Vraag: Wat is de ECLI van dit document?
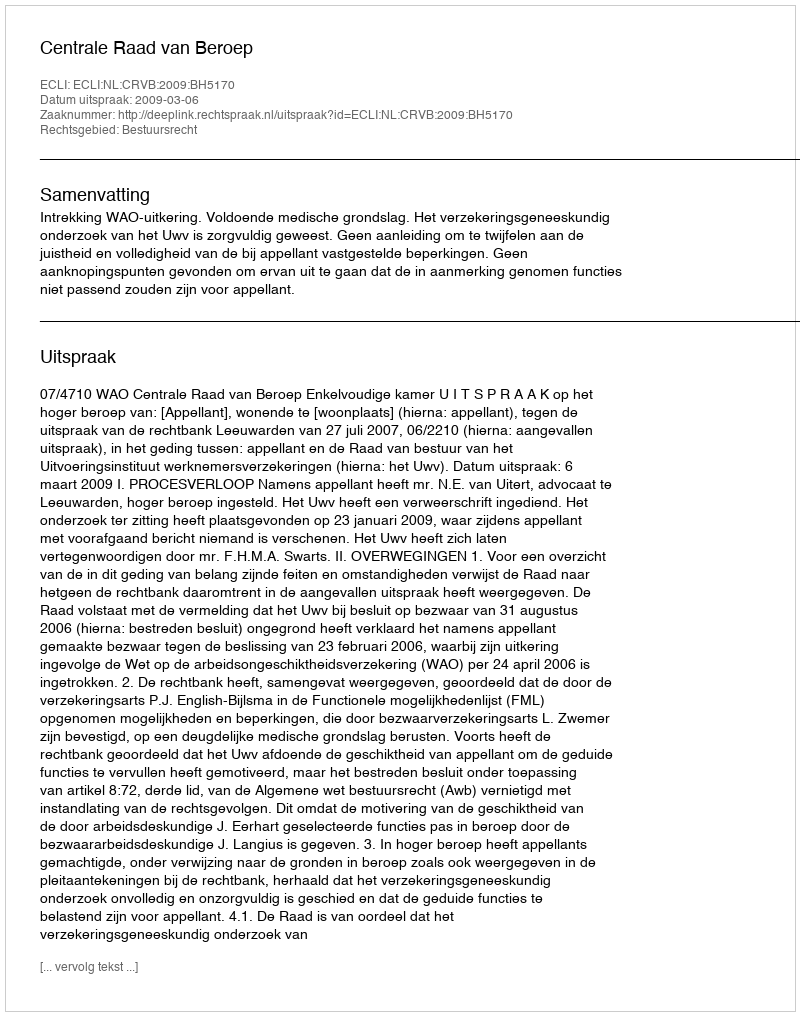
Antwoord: ECLI:NL:CRVB:2009:BH5170